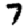
Digit: 7